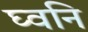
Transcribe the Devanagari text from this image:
घ्वनि